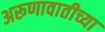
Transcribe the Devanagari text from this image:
अरूणावातीच्या